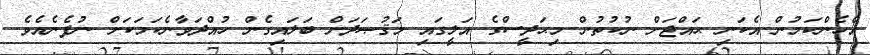
އެހެންކަމުން އެކަނި ޙައްޖަށް ނުކުތުން މިޙަދީސްގެ އަލީގައި މަޤުޞަދަށް ބަލައިގެން ހުއްދަވާނެކަމަކަށް ނުފެނެއެވެ.